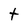
Character: t